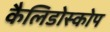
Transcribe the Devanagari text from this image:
कैलिडोस्कोप